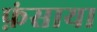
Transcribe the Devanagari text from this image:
फ़ंसाया